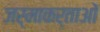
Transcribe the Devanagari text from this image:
जर्माकर्ताओं